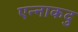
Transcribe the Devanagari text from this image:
एन्नाकदु